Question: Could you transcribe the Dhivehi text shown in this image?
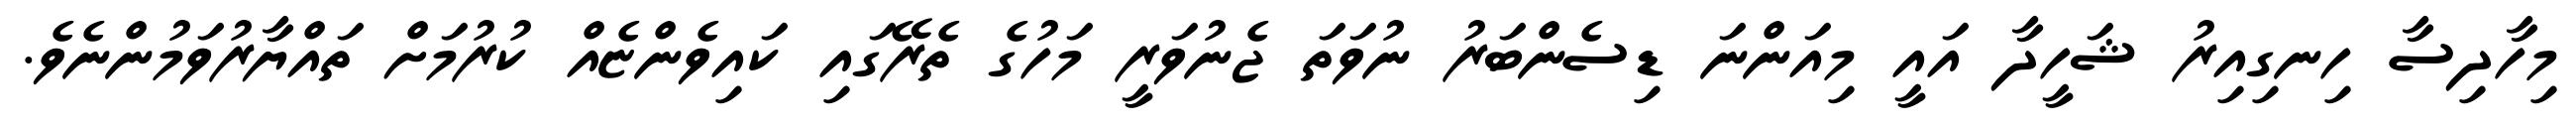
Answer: މިހާދިސާ ހިނގިއިރު ޝަހީދާ އައީ މިއަންނަ ޑިސެންބަރު ނުވަތަ ޖެނުވަރީ މަހުގެ ތެރޭގައި ކައިވެންޏެއް ކުރުމަށް ތައްޔާރުވަމުންނެވެ.